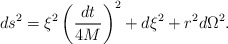
\begin{align*} ds^2 = \xi^2 \left({dt\over 4 M}\right)^2 + d\xi^2+r^2 d\Omega^2.\end{align*}